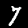
Digit: 7